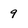
Character: 9